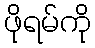
ဖိုရမ်ကို